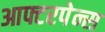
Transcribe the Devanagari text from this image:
आफ्टरपेन्स